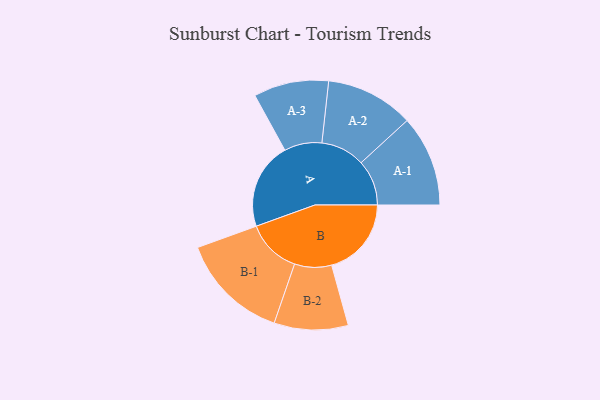
{"axis": {"x": "Segment", "y": "Value"}, "legend": ["", "A", "B"], "data": [{"x": "A", "y": 467, "type": ""}, {"x": "B", "y": 429, "type": ""}, {"x": "A-1", "y": 245, "type": "A"}, {"x": "A-2", "y": 237, "type": "A"}, {"x": "A-3", "y": 202, "type": "A"}, {"x": "B-1", "y": 294, "type": "B"}, {"x": "B-2", "y": 199, "type": "B"}]}